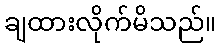
ချထားလိုက်မိသည်။